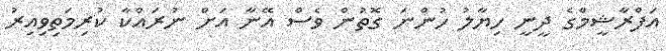
އަފްރާޝީމްގެ ދީނީ ހިޔާލު ހުންނަ ގޮތުން ވެސް އޭނާ އަށް ނުރައްކާ ކުރިމަތިވިއިރު